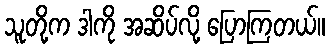
သူတို့က ဒါကို အဆိပ်လို့ ပြောကြတယ်။